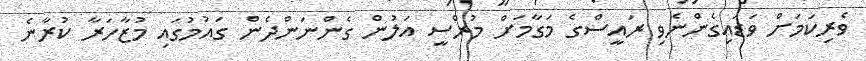
ވެރިކަމަށް ވަޑައިގެންނެވި ރައީސްގެ މަގާމަށް މުރްސީ އަލުން ގެންނަންދެން ގައުމުގައި މުޒާހަރާ ކުރާނެ